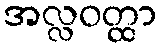
အလ္လဝတ္ထာ